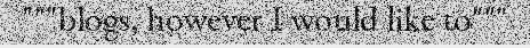
"""blogs, however I would like to"""